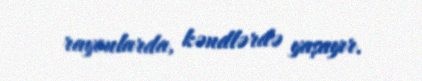
rayonlarda, kəndlərdə yaşayır.